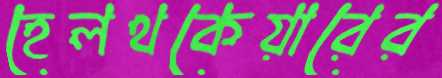
হেলথকেয়ারের